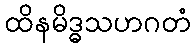
ထိနမိဒ္ဓသဟဂတံ